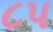
૮પ